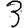
Digit: 3